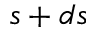
s + d s